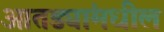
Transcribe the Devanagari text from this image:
आतड्यांमधील